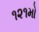
૧૨૧મો